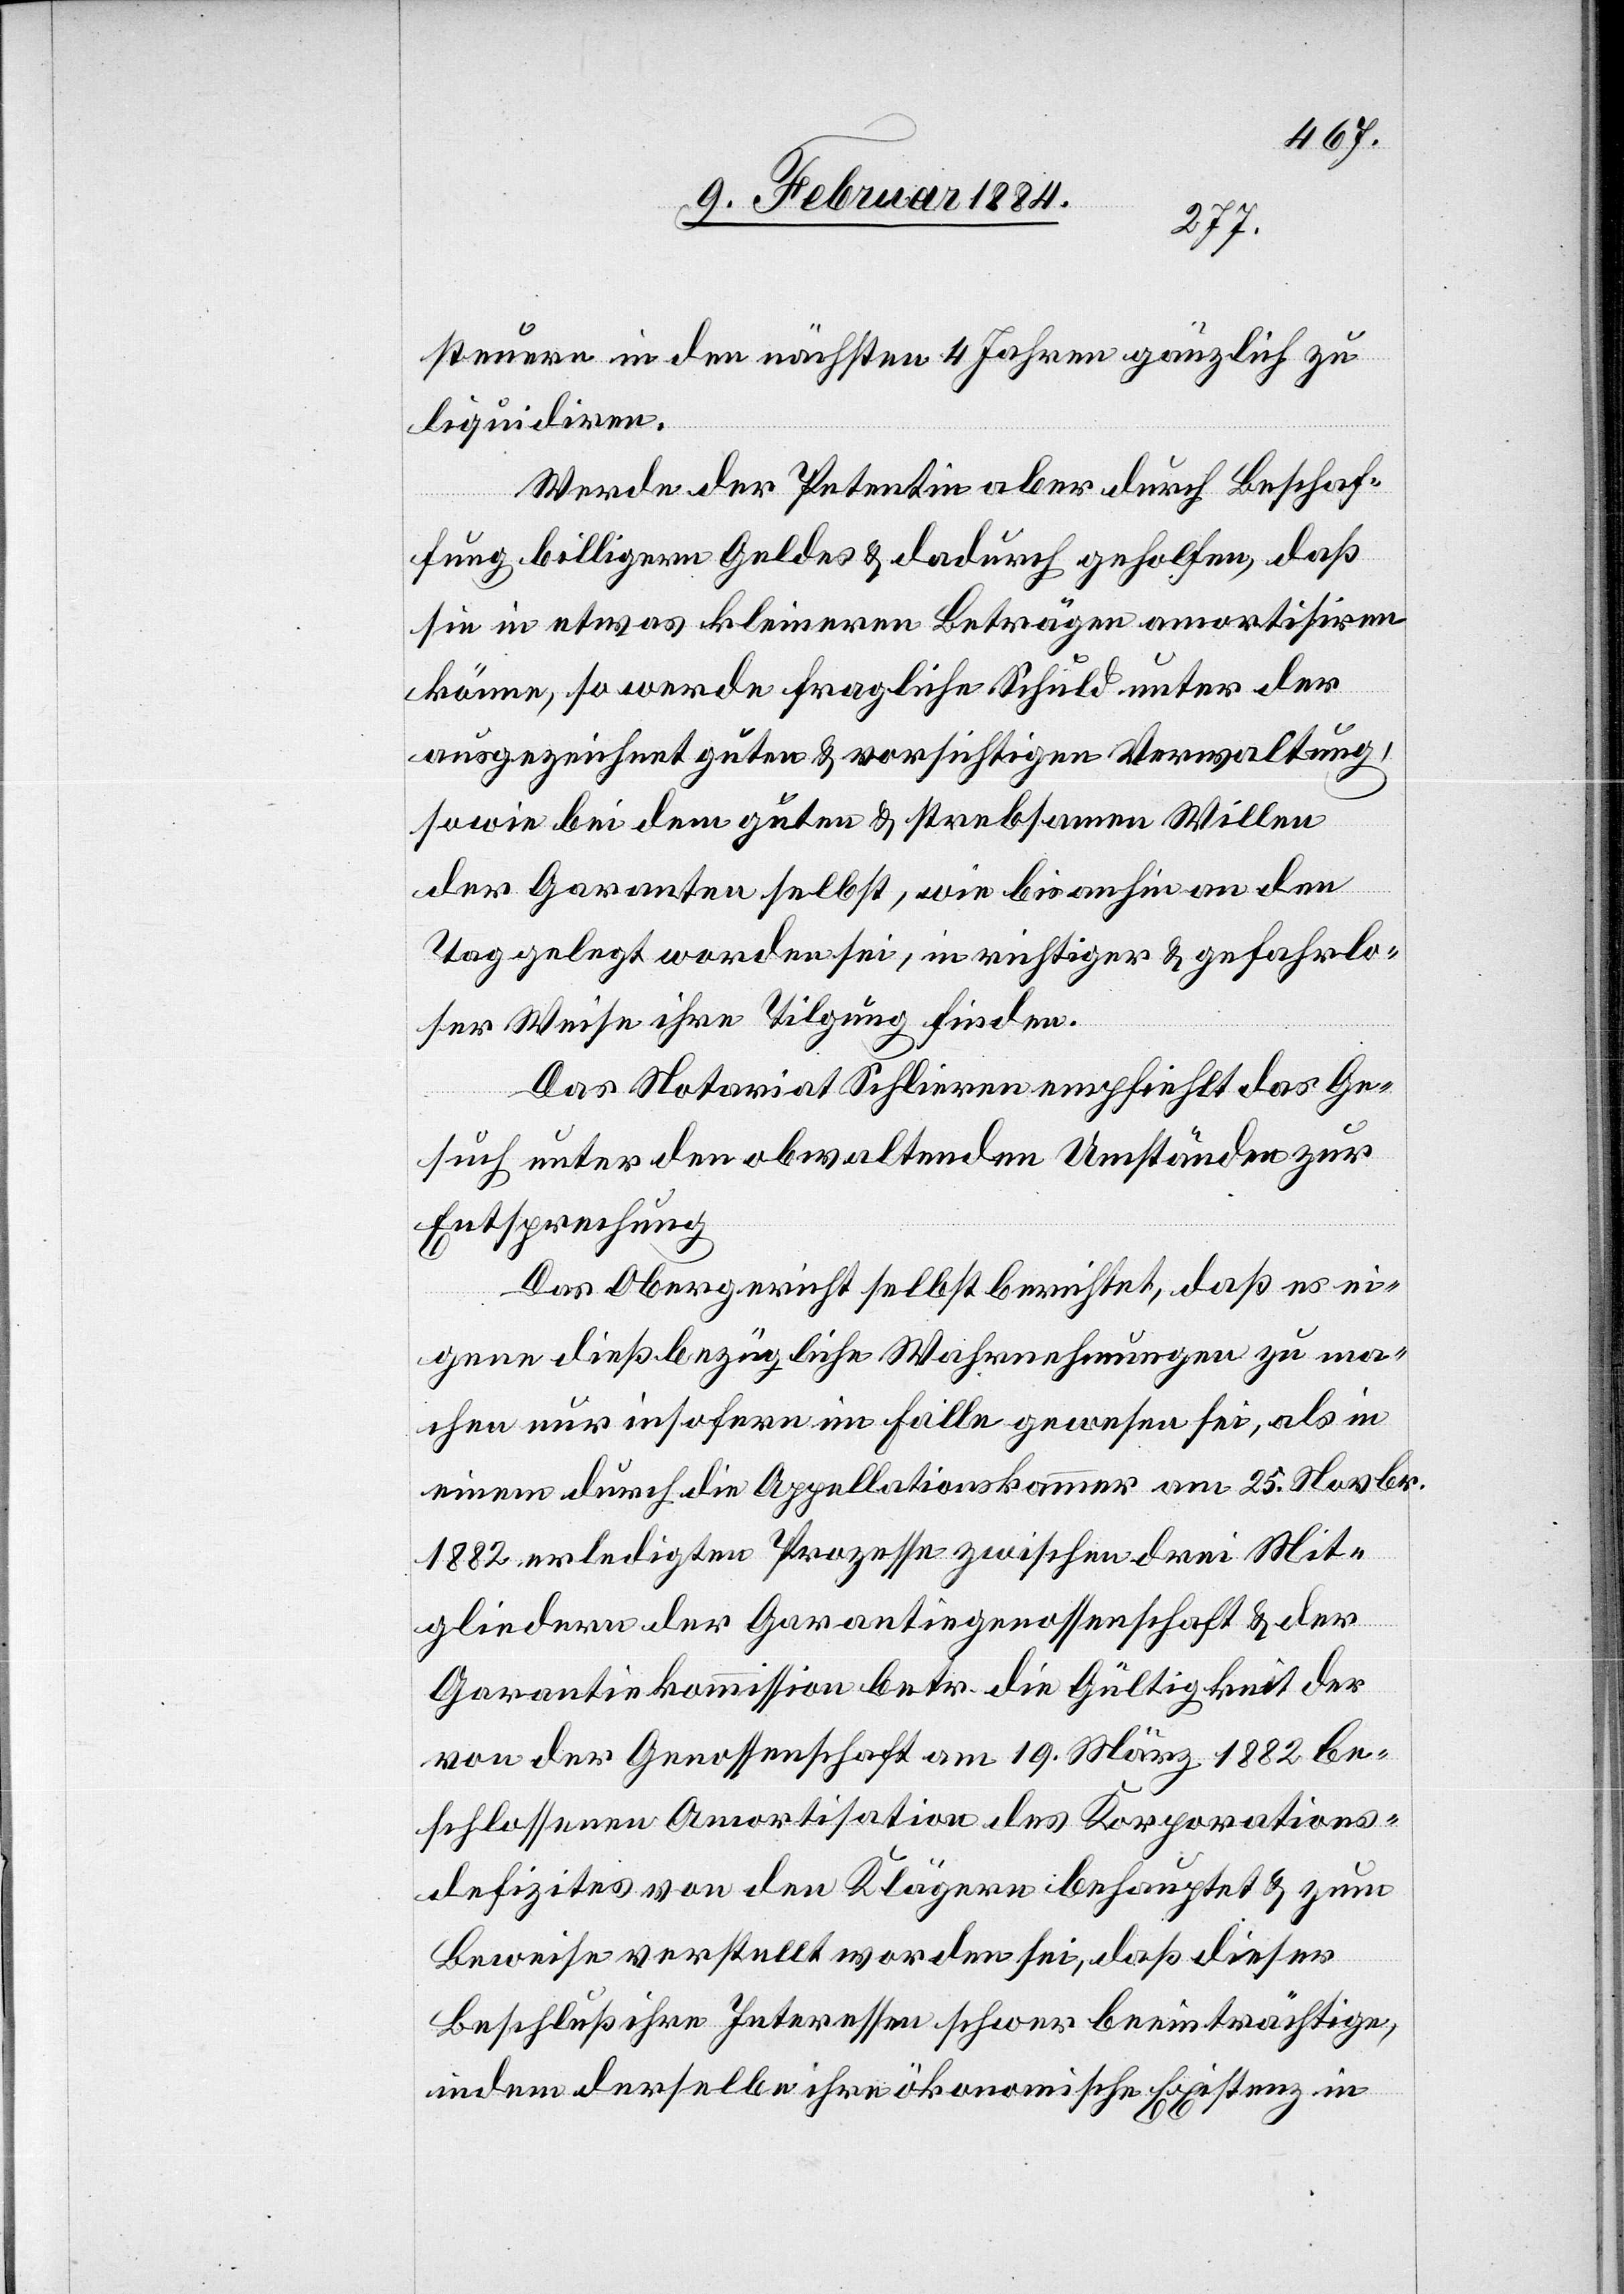
steuern in den nächsten 4 Jahren gänzlich zu
liquidiren.
Werden der Petentin aber durch Beschaf¬
fung billigern Geldes & dadurch geholfen, daß
sie in etwas kleineren Beträgen amortisiren
können, so werde fragliche Schuld unter der
ausgezeichnet guten & vorsichtigen Verwaltung,
sowie bei dem guten & strebsamen Willen
der Garanten selbst, wie bis anhin an den
Tag gelegt worden sei, in richtiger & gefahrlo¬
ser weise ihre Tilgung finden.
Das Notariat Schlieren empfiehlt das Ge¬
such unter den obwaltenden Umständen zur
Entsprechung.
Das Obergericht selbst berichtet, daß es ei¬
gene dießbezügliche Wahrnehmungen zu ma¬
chen nur insofern im Falle gewesen sei, als in
einem durch die Appellationskammer am 25. Novbr.
1882 erledigten Prozesse zwischen drei Mit¬
gliedern der Garantiegenossenschaft & der
Garantiekommission betr. die Gültigkeit der
von der Genossenschaft am 19. März 1882 be¬
schlossenen Amortisation des Korporations¬
defizites von den Klägern behauptet & zum
Beweise verstellt worden sei, daß dieser
Beschluß ihre Interessen schwer beeinträchtige,
indem derselbe ihre ökonomische Existenz in